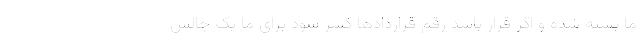
ما بسته شده و اگر قرار باشد رقم قراردادها کسر شود برای ما یک چالش